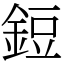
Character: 鋀